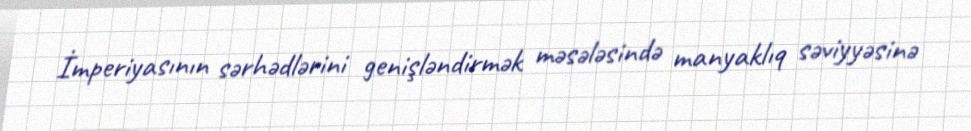
İmperiyasının sərhədlərini genişləndirmək məsələsində manyaklıq səviyyəsinə